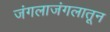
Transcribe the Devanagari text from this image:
जंगलाजंगलातून